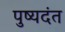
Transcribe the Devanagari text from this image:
पुष्यदंत